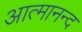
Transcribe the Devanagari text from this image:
आत्‍मानन्द